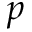
p